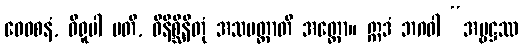
ဝေဝစနံ, ဝိရူပါ မတိ, ဝိနိစ္ဆိနိတုံ အသမတ္ထာတိ အတ္ထော။ ဣဒံ ဘဂဝါ “အမ္ဗဋ္ဌဿ